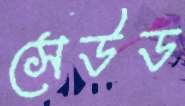
সেউড